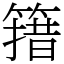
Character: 簎